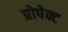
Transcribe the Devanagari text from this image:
प्रोपेक्ट